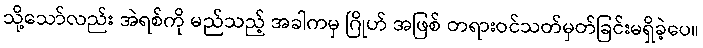
သို့သော်လည်း အဲရစ်ကို မည်သည့် အခါကမှ ဂြိုဟ် အဖြစ် တရားဝင်သတ်မှတ်ခြင်းမရှိခဲ့ပေ။